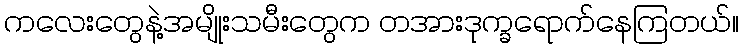
ကလေးတွေနဲ့အမျိုးသမီးတွေက တအားဒုက္ခရောက်နေကြတယ်။